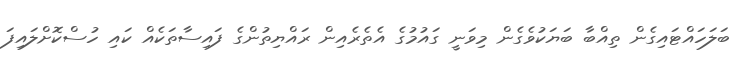
ބަލަހައްޓައިގެން ތިއްބާ ބަޔަކުވެގެން މިވަނީ ގައުމުގެ އެތެރެއިން ރައްޔިތުންގެ ފައިސާތަކެއް ކައި ހުސްކޮށްލައިފަ